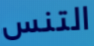
التنس